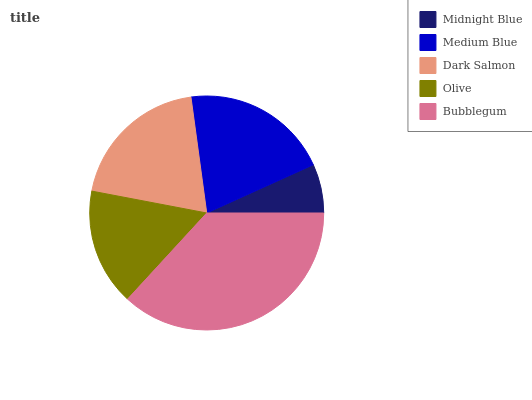
| Midnight Blue | Medium Blue | Dark Salmon | Olive | Bubblegum |
 | --- | --- | --- | --- | --- |
 | 6.76% | 20.4% | 19.9% | 16.2% | 36.8% |